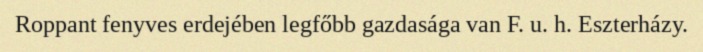
Roppant fenyves erdejében legfőbb gazdasága van F. u. h. Eszterházy.